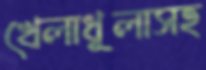
খেলাধূলাসহ